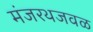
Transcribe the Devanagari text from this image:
मंजरथजवळ